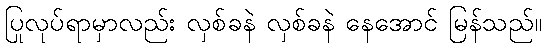
ပြုလုပ်ရာမှာလည်း လှစ်ခနဲ လှစ်ခနဲ နေအောင် မြန်သည်။